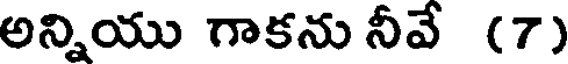
అన్నియు గాకను నీవే (7)